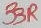
Text: 33R